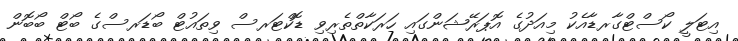
އިޓަލީ ކޯސްޓްގާރޑާއެކު މިއަދުގެ އޮޕަރޭޝަންގައި ހަރަކާތްތެރިވި ޑޮކްޓަރސް ވިތައުޓް ބޯޑަރސްގެ ބޯޓް ބޯބޮން